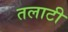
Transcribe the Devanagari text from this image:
तलाटी